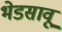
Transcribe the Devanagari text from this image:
भेडसावू